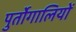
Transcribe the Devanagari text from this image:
पुर्तोगालियों